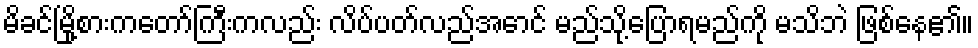
မိခင်မြို့စားကတော်ကြီးကလည်း လိပ်ပတ်လည်အောင် မည်သို့ပြောရမည်ကို မသိဘဲ ဖြစ်နေ၏။